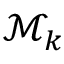
\mathcal { M } _ { k }